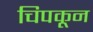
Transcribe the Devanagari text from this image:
चिपकून